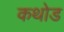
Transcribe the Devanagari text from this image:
कथोड